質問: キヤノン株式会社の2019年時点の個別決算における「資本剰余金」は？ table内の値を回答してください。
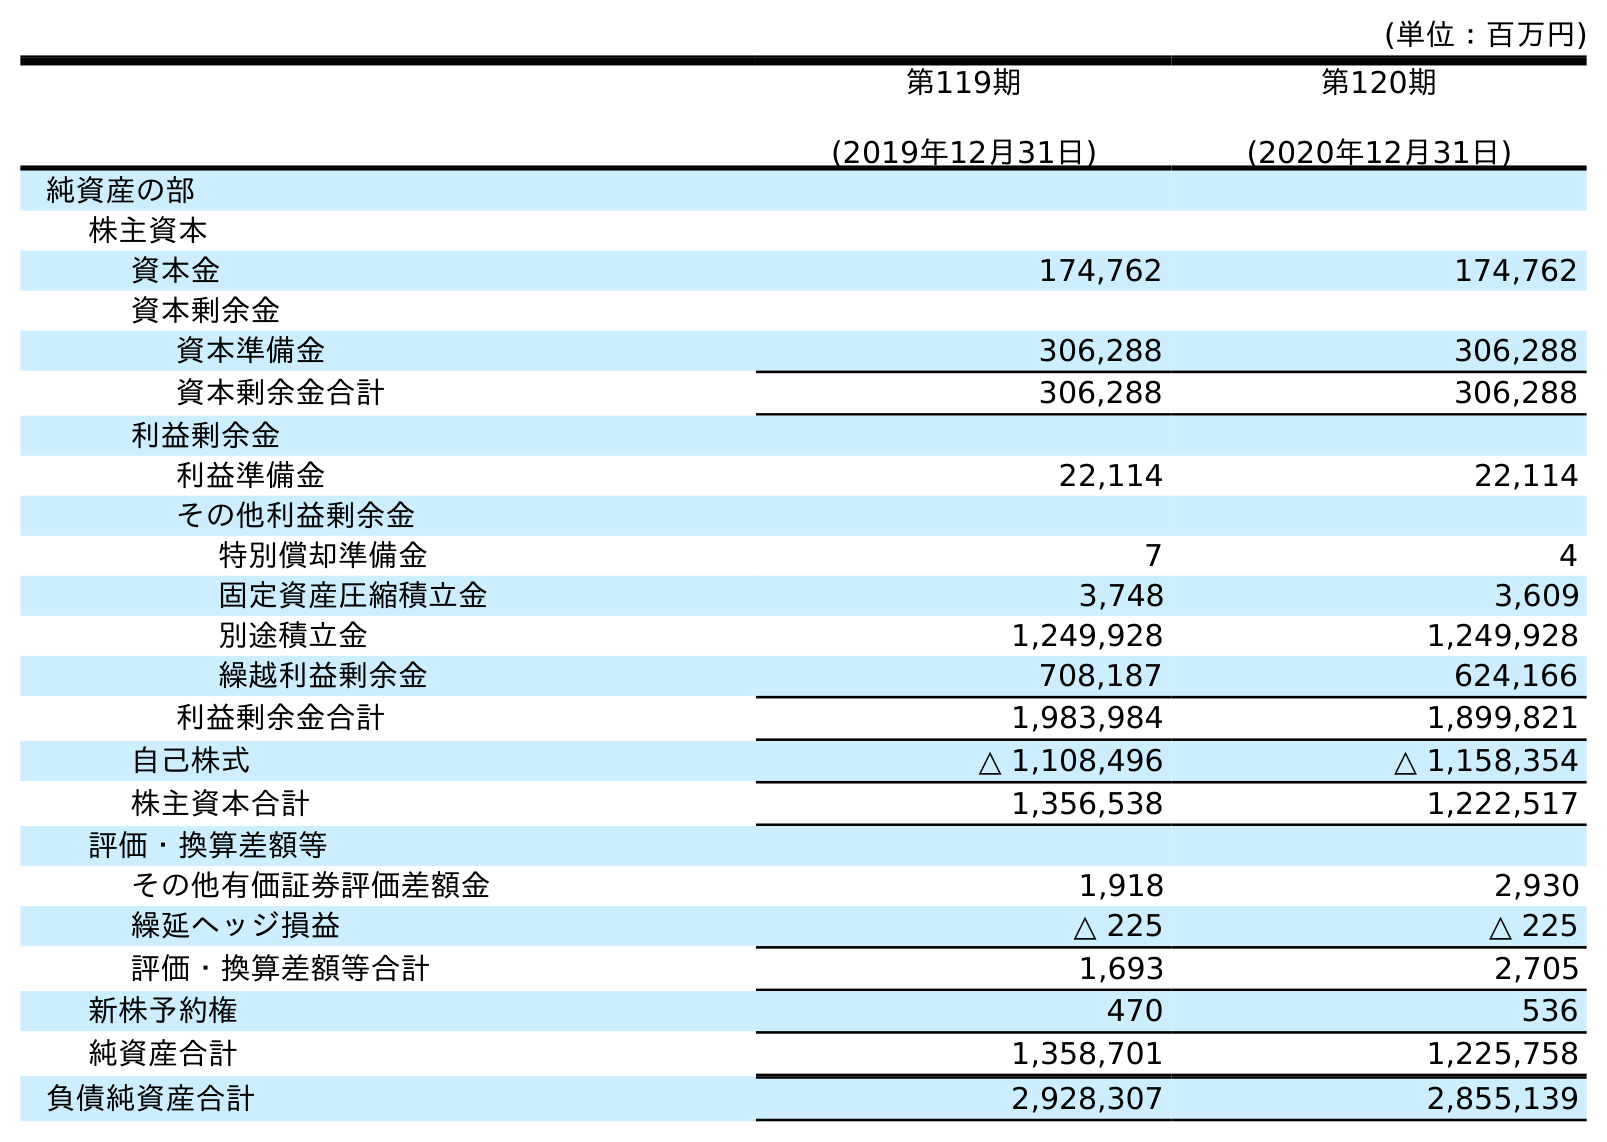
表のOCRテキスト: (単位：百万円) 第119期 (2019年12月31日) 第120期 (2020年12月31日) 純資産の部 株主資本 資本金 174,762 174,762 資本剰余金 資本準備金 306,288 306,288 資本剰余金合計 306,288 306,288 利益剰余金 利益準備金 22,114 22,114 その他利益剰余金 特別償却準備金 7 4 固定資産圧縮積立金 3,748 3,609 別途積立金 1,249,928 1,249,928 繰越利益剰余金 708,187 624,166 利益剰余金合計 1,983,984 1,899,821 自己株式 △ 1,108,496 △ 1,158,354 株主資本合計 1,356,538 1,222,517 評価・換算差額等 その他有価証券評価差額金 1,918 2,930 繰延ヘッジ損益 △ 225 △ 225 評価・換算差額等合計 1,693 2,705 新株予約権 470 536 純資産合計 1,358,701 1,225,758 負債純資産合計 2,928,307 2,855,139
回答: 306,288